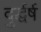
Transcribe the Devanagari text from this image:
दुर्द्धर्ष